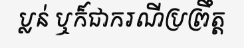
ប្លន់ ឬក៏ជាករណីប្រព្រឹត្ត